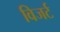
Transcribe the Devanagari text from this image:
विजर्ट